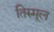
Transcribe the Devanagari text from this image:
तिरुमूल